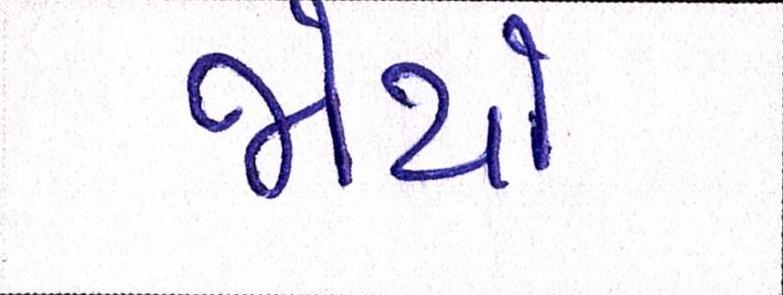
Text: જોયો